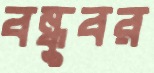
বন্ধুবর